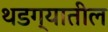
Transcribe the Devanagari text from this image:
थडग्यातील